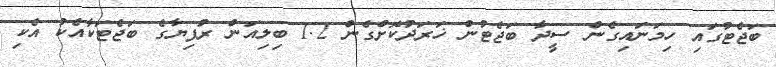
ބަޖެޓުގައި ހިމަނައިގެން ސީދާ ބަޖެޓުން ޚަރަދުކޮށްގެން 1.2 ބިލިއަން ރުފިޔާގެ ބަޖެޓަކާއެކު އެކި